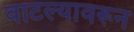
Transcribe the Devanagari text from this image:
वाटल्यावरून